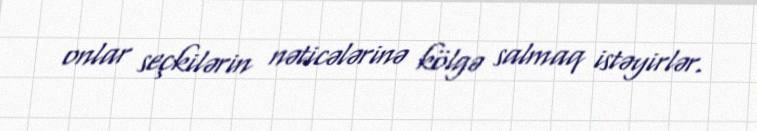
onlar seçkilərin nəticələrinə kölgə salmaq istəyirlər.